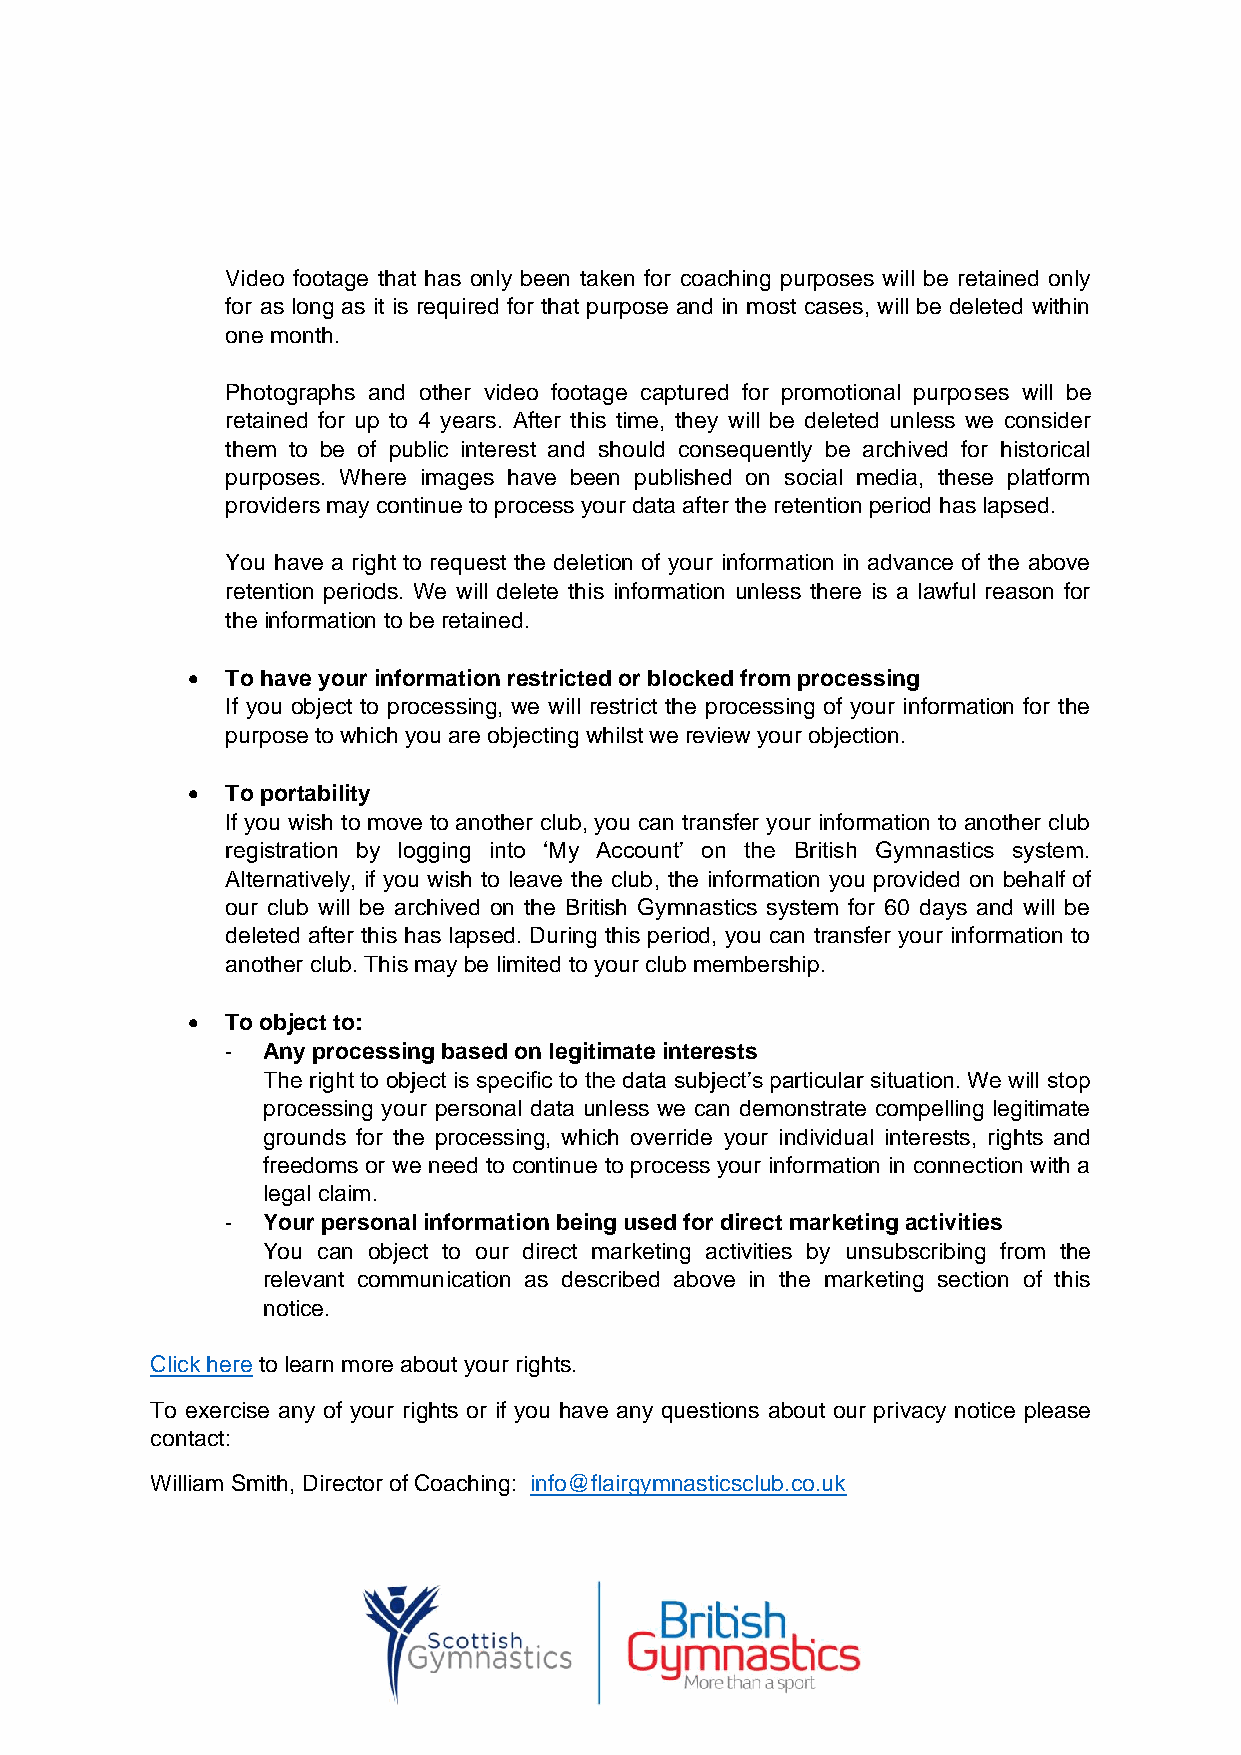
Video footage that has only been taken for coaching purposes will be retained only
 for as long as it is required for that purpose and in most cases, will be deleted within
 one month.
 Photographs and other video footage captured for promotional purposes will be
 retained for up to 4 years. After this time, they will be deleted unless we consider
 them to be of public interest and should consequently be archived for historical
 purposes. Where images have been published on social media, these platform
 providers may continue to process your data after the retention period has lapsed.
 You have a right to request the deletion of your information in advance of the above
 retention periods. We will delete this information unless there is a lawful reason for
 the information to be retained.
 •  To have your information restricted or blocked from processing
 If you object to processing, we will restrict the processing of your information for the
 purpose to which you are objecting whilst we review your objection.
 •  To portability
 If you wish to move to another club, you can transfer your information to another club
 registration by logging into ‘My Account’ on the British Gymnastics system.
 Alternatively, if you wish to leave the club, the information you provided on behalf of
 our club will be archived on the British Gymnastics system for 60 days and will be
 deleted after this has lapsed. During this period, you can transfer your information to
 another club. This may be limited to your club membership.
 •  To object to:
 - Any processing based on legitimate interests
 The right to object is specific to the data subject’s particular situation. We will stop
 processing your personal data unless we can demonstrate compelling legitimate
 grounds for the processing, which override your individual interests, rights and
 freedoms or we need to continue to process your information in connection with a
 legal claim.
 - Your personal information being used for direct marketing activities
 You can object to our direct marketing activities by unsubscribing from the
 relevant communication as described above in the marketing section of this
 notice.
 Click here to learn more about your rights.
 To exercise any of your rights or if you have any questions about our privacy notice please
 contact:
 William Smith, Director of Coaching: info@flairgymnasticsclub.co.uk